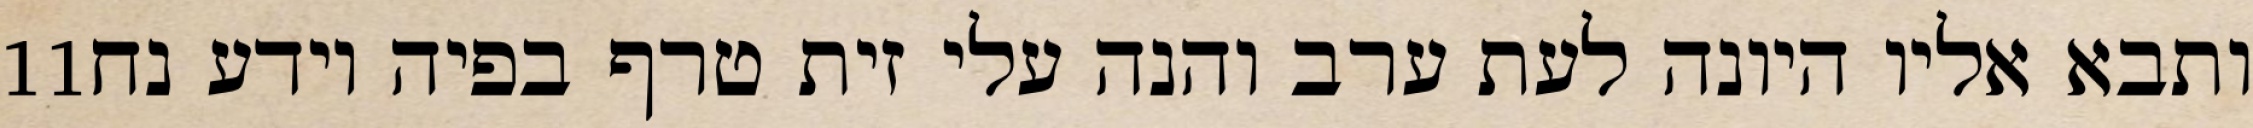
‎11‏ ותבא אליו היונה לעת ערב והנה עלי זית טרף בפיה וידע נח